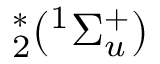
^ { * } _ { 2 } ( ^ { 1 } \Sigma _ { u } ^ { + } )